Plague in India, 1896, 1897 - Volume 1
Year: 1896
Disease focus: Plague
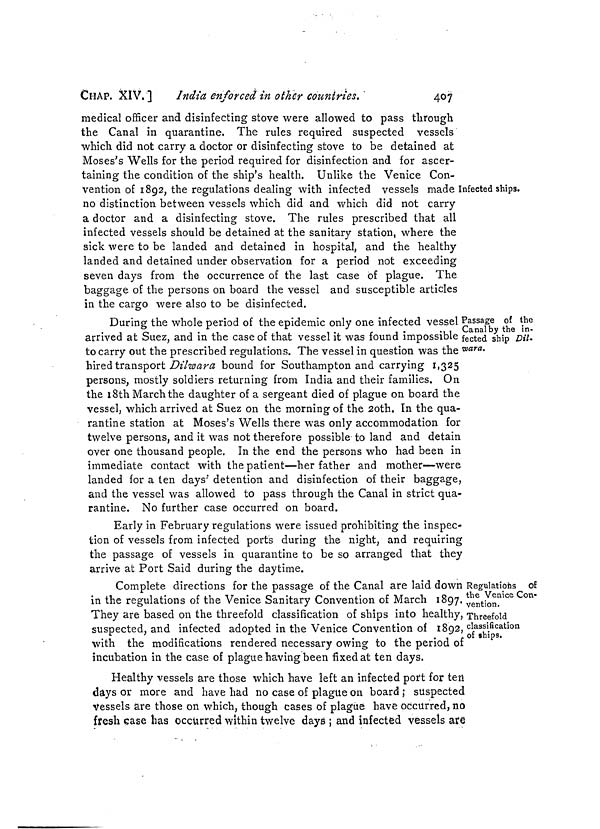
CHAP. XIV.]
India enforced in other countries. '
407
Infected ships.
medical officer and disinfecting stove were allowed to pass through
the Canal in quarantine. The rules required suspected vessels
which did not carry a doctor or disinfecting stove to be detained at
Moses's Wells for the period required for disinfection and for ascer-
taining the condition of the ship's health. Unlike the Venice Con-
vention of 1892, the regulations dealing with infected vessels made
no distinction between vessels which did and which did not carry
a doctor and a disinfecting stove. The rules prescribed that all
infected vessels should be detained at the sanitary station, where the
sick were to be landed and detained in hospital, and the healthy
landed and detained under observation for a period not exceeding
seven days from the occurrence of the last case of plague. The
baggage of the persons on board the vessel and susceptible articles
in the cargo were also to be disinfected.
Passage of the
Canal by the in-
fected ship Dil-
-wara.
During the whole period of the epidemic only one infected vessel
arrived at Suez, and in the case of that vessel it was found impossible
to carry out the prescribed regulations. The vessel in question was the
hired transport Dilwara bound for Southampton and carrying 1,325
persons, mostly soldiers returning from India and their families. On
the 18th March the daughter of a sergeant died of plague on board the
vessel, which arrived at Suez on the morning of the 20th. In the qua-
rantine station at Moses's Wells there was only accommodation for
twelve persons, and it was not therefore possible to land and detain
over one thousand people. In the end the persons who had been in
immediate contact with the patient—her father and mother—were
landed for a ten days' detention and disinfection of their baggage,
and the vessel was allowed to pass through the Canal in strict qua-
rantine. No further case occurred on board.
Early in February regulations were issued prohibiting the inspec-
tion of vessels from infected ports during the night, and requiring
the passage of vessels in quarantine to be so arranged that they
arrive at Port Said during the daytime.
Regulations of
the Venice Con-
vention.
Threefold
classification
of ships.
Complete directions for the passage of the Canal are laid down
in the regulations of the Venice Sanitary Convention of March 1897.
They are based on the threefold classification of ships into healthy,
suspected, and infected adopted in the Venice Convention of 1892,
with the modifications rendered necessary owing to the period of
incubation in the case of plague having been fixed at ten days.
Healthy vessels are those which have left an infected port for ten
days or more and have had no case of plague on board ; suspected
Vessels are those on which, though cases of plague have occurred, no
fresh case has occurred within twelve days ; and infected vessels are